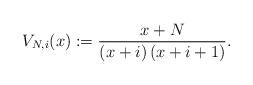
LaTeX: \begin{align*}V_{N,i}(x) := \frac{x+N}{(x+i)\,(x+i+1)}. \end{align*}